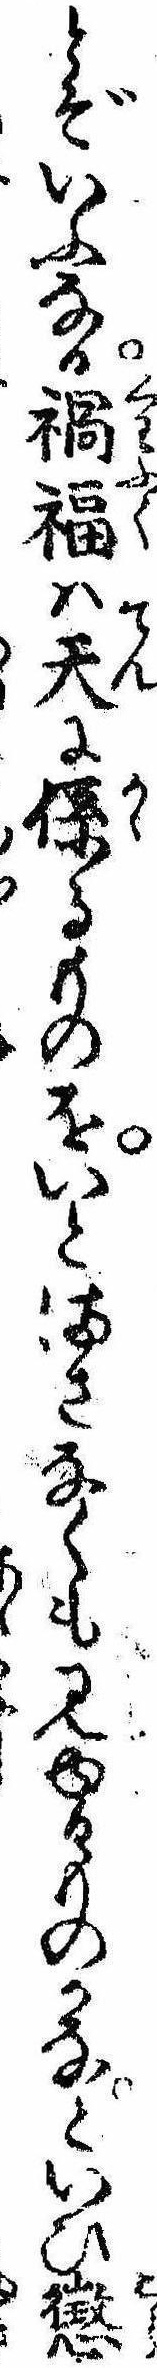
とぞいふなる禍福は天に係るものをいとまさなくも見ゆるものかなといひ懲